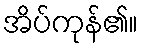
အိပ်ကုန်၏။